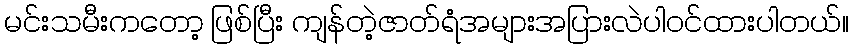
မင်းသမီးကတော့ ဖြစ်ပြီး ကျန်တဲ့ဇာတ်ရံအများအပြားလဲပါဝင်ထားပါတယ်။